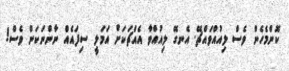
ކޮންމެހެން ވެސް ލިއުއްވައްޗޭ. އެނގޭ ލިއުއްވާ އެއްޗަކަށް އަމަލީ ސިފައެއް ނާންނަކަން ވެސް!